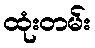
ထုံးတမ်း